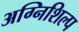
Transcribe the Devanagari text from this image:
अग्निशिल्प